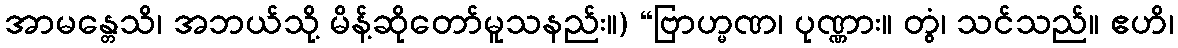
အာမန္တေသိ၊ အဘယ်သို့ မိန့်ဆိုတော်မူသနည်း။) “ဗြာဟ္မဏ၊ ပုဏ္ဏား။ တွံ၊ သင်သည်။ ဧဟိ၊